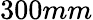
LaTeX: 300mm